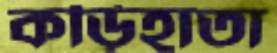
কড়িহাতা